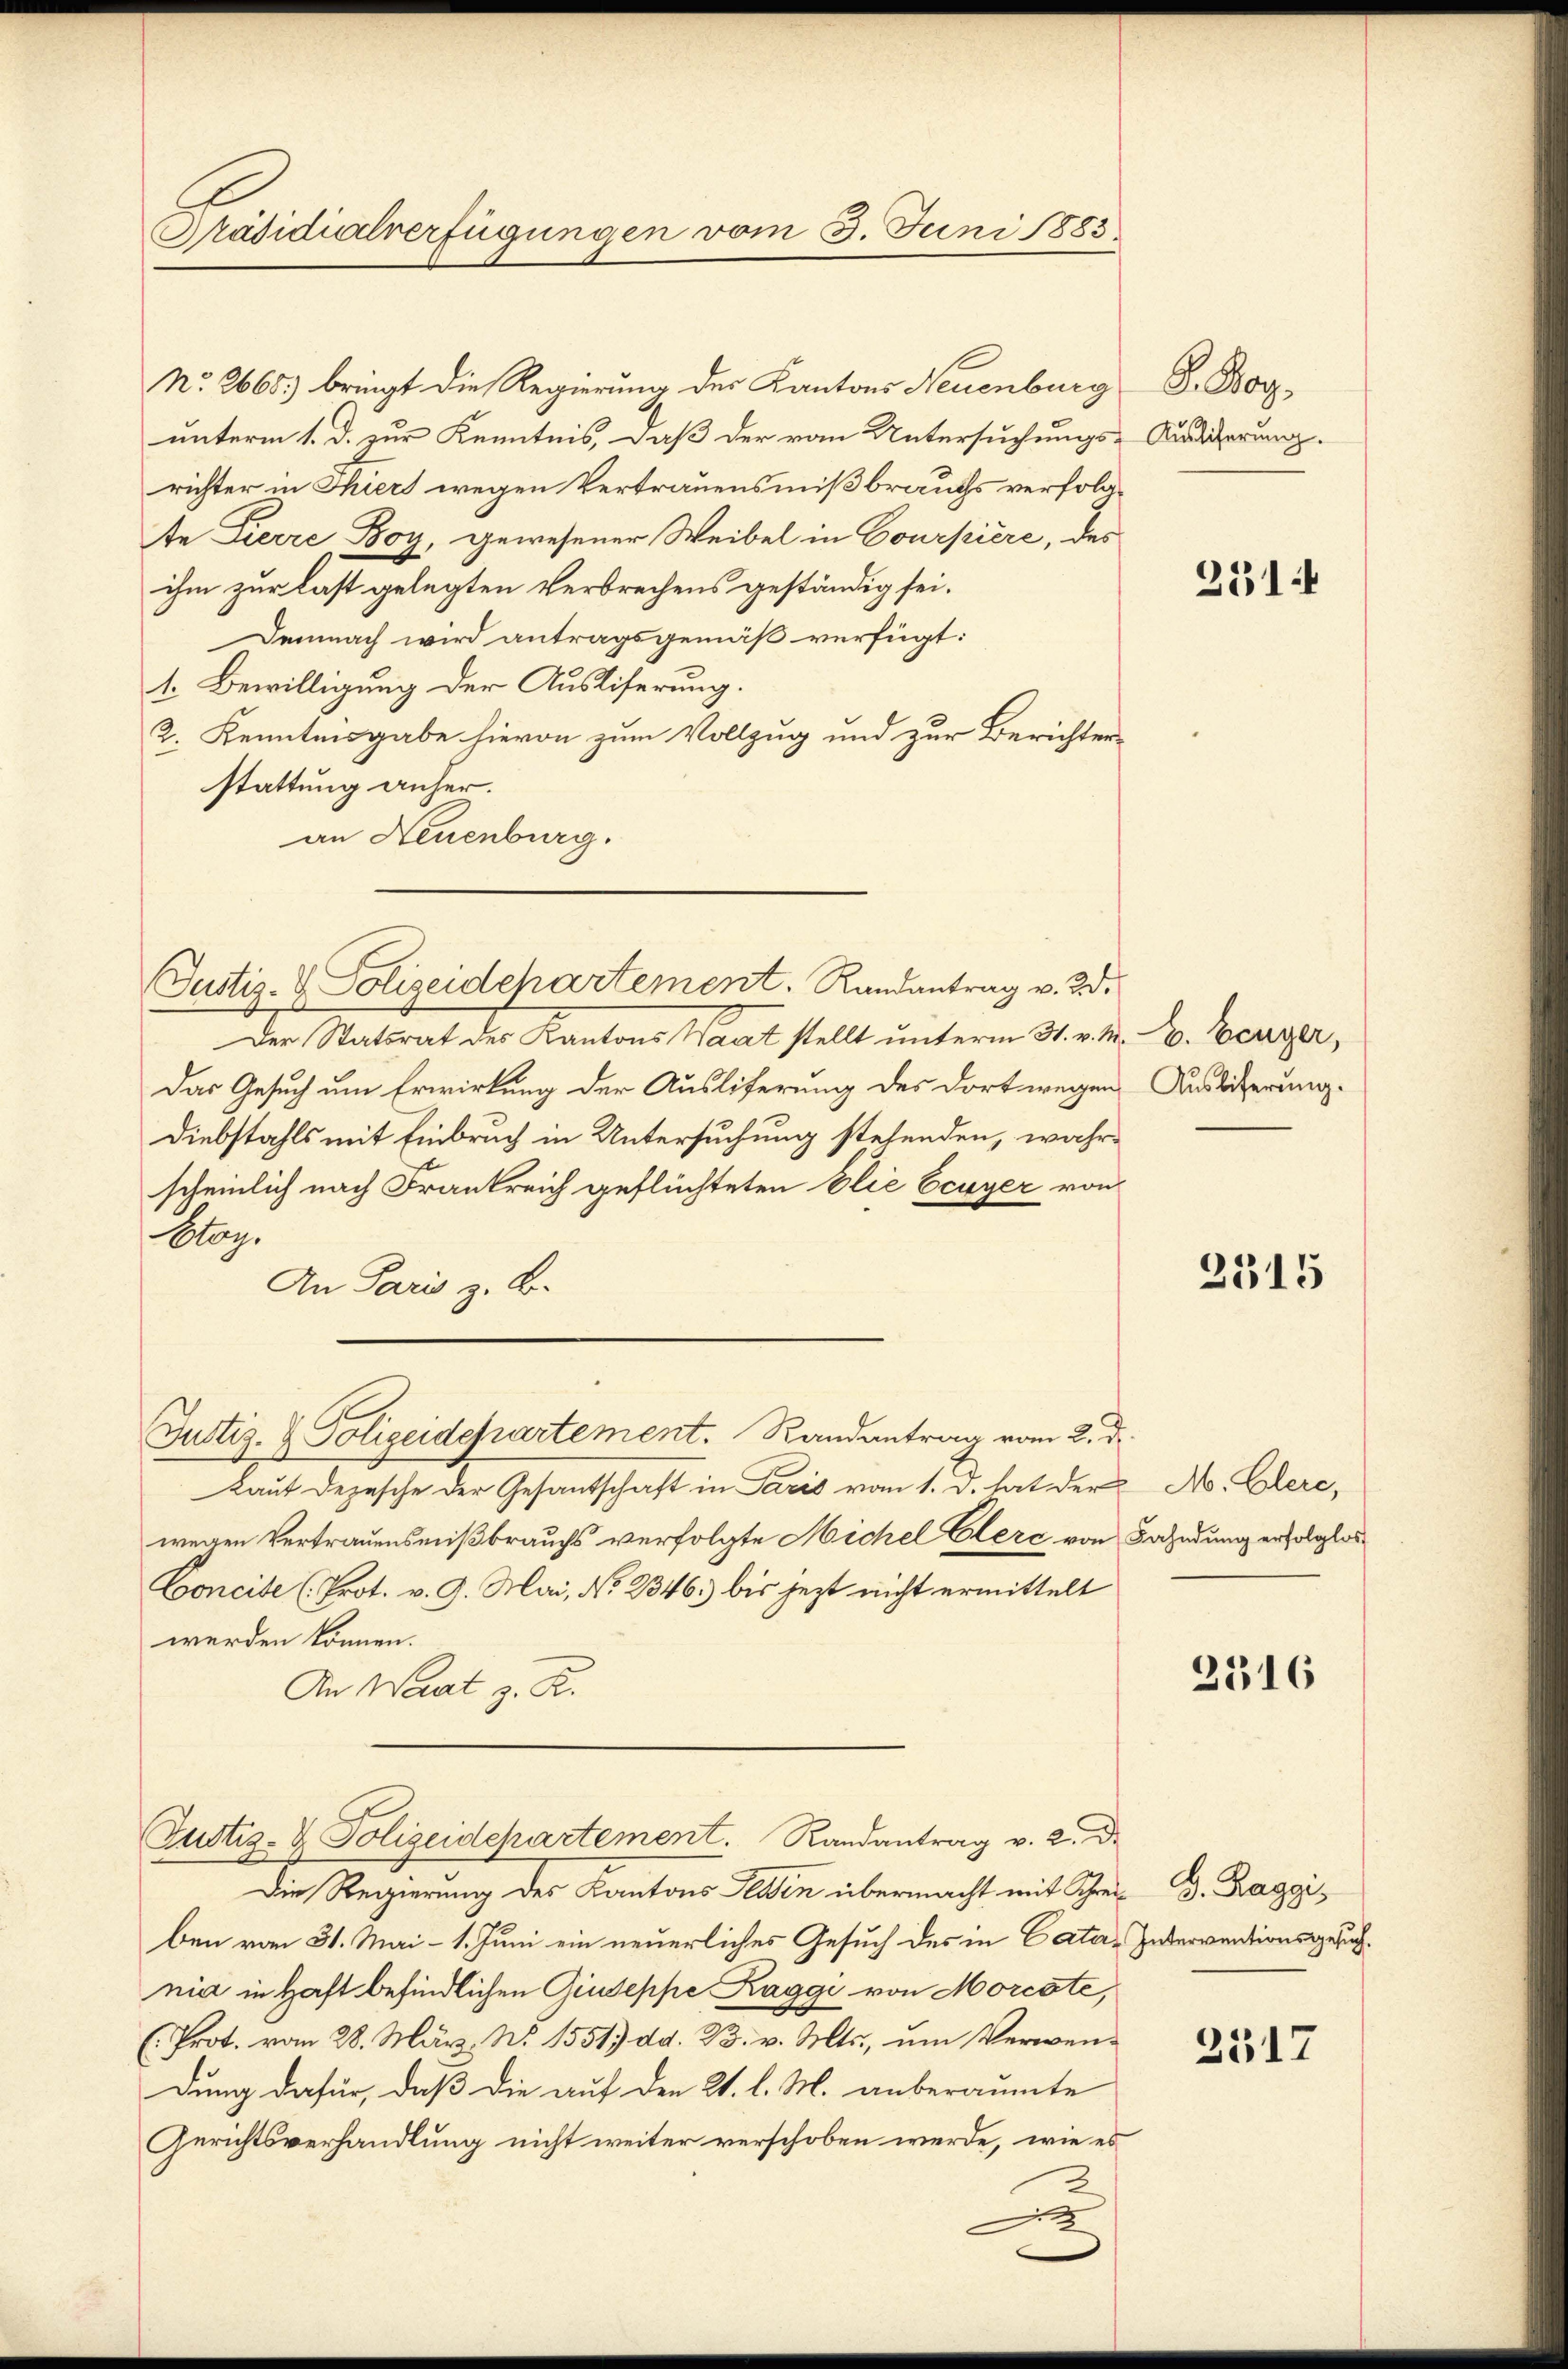
Präsidialverfügungen vom 3. Juni 1883.

No. 2665) bringt die Regierung des Kantons Neuenburg
unterm 1. d. zur Kenntnis, daß der vom Untersuchungs-Audierung.
richter in Thiers wegen Vertrauensmißbrauchs verfolgte Zierre Boy, gewesener Weibel in Courpiere, des
ihm zur Last gelegten Verbrechens geständig sei.
Demnach wird antragsgemäß verfügt:
t. Bewilligung der Ausliserung.
2. Kenntnisgabe hievon zum Vollzug und zur Berichterstattung anher.
an Neuenburg.

Justiz- & Polizeidchartement. Randantrag v. 23.

Der Statsrat des Kantons Saat stellt unterm 31. v. M.
Das Gesuch um Erwirkung der Ausliferung des dort wegen Auslieferung.
Diebstahls mit Einbruch in Untersuchung stehenden, wahrscheinlich nach Frankreich geflüchteten Elie Ecuyer von
Otag.
An Paris z. B.
Justiz- & Polizeidepartement. Randantrag vom 2. d.
Laut Depesche der Gesandschaft in Paris vom 1. d. hat der
wegen Vertrauensmißbrauchs verfolgte Michel Clerc von Fahndung erfolglos
Concile (Prot. v. 9. Mai, No 2346. bis jezt nicht ermittelt
werden können.
An Wrat z. R.

Zustiz- & Polizeidepartement. Randantrag v. 2. d.

Die Regierung des Kantons Wesen übermacht mit Schrei G. Baggi,
ben vom 31. Mai- 1. Juni ein neuerliches Gesuch des in Catania in Haft befindlichen Giuseppe Kaggi von Morcote,
(Prot. vom 28. März. No. 1551) dd. 3. v. Mts., um Verwendung dafür, daß die auf den 21. l. M. anberaumte
Gerichtsverhandlung nicht weiter verschoben werde, wie es
t

G. Boy

231.

C. Benger,

2315

M. Elere,

2316

Interventionsgesuch.

2517